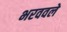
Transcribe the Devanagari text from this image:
भरववले